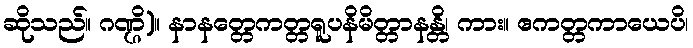
ဆိုသည်။ ဂဏ္ဌိ)။ နာနတ္တေကတ္တရူပနိမိတ္တာနန္တိ၊ ကား။ ဧကတ္တကာယေပိ၊